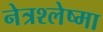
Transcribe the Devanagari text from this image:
नेत्रश्लेष्मा